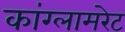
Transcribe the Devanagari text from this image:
कांग्लामरेट